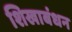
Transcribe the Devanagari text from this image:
शिखाबंधन